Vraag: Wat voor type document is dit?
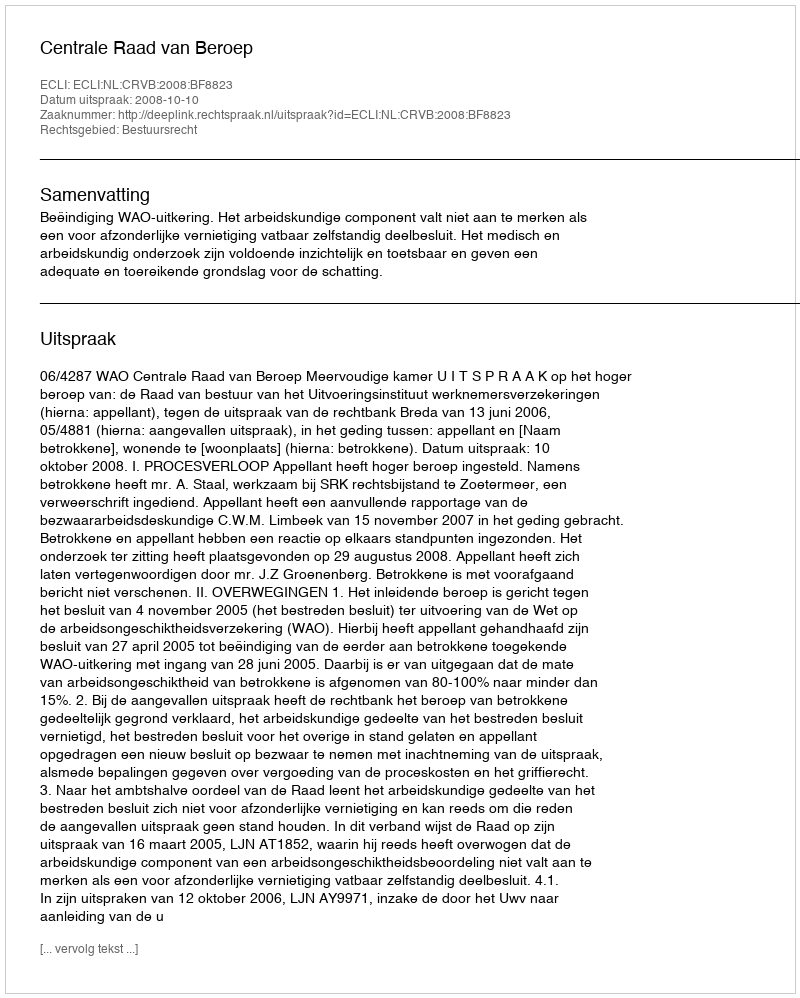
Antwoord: Uitspraak